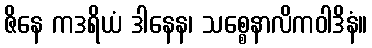
ဇိနေ ကဒရိယံ ဒါနေန၊ သစ္စေနာလိကဝါဒိနံ။